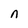
Character: n